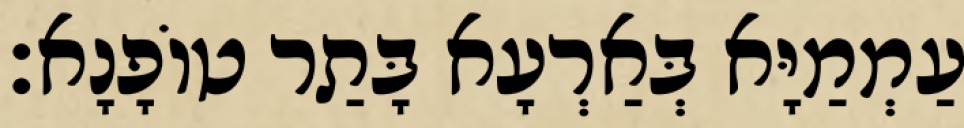
עַמְמַיָּא בְּאַרְעָא בָּתַר טוֹפָנָא׃